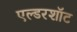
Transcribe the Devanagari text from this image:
एल्डरशॉट